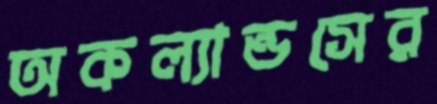
অকল্যান্ডসের